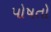
પોષતો